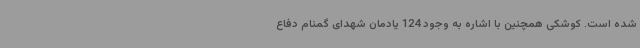
شده است. کوشکی همچنین با اشاره به وجود 124 یادمان شهدای گمنام دفاع